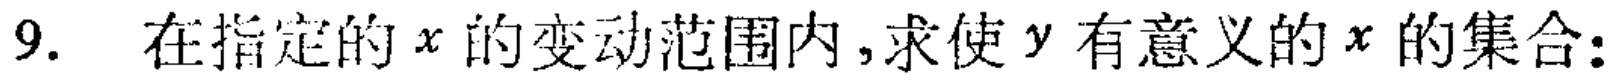
9. 在指定的\(x\)的变动范围内，求使\(y\)有意义的\(x\)的集合：